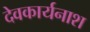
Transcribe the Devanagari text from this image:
देवकार्यनाश